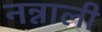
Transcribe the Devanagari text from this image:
नन्नाली